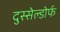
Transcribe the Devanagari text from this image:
दुस्सेल्डोर्फ